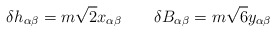
\begin{align*}\delta h_{\alpha\beta} = m \sqrt{2} x_{\alpha\beta} \qquad\delta B_{\alpha\beta} = m \sqrt{6} y_{\alpha\beta}\end{align*}